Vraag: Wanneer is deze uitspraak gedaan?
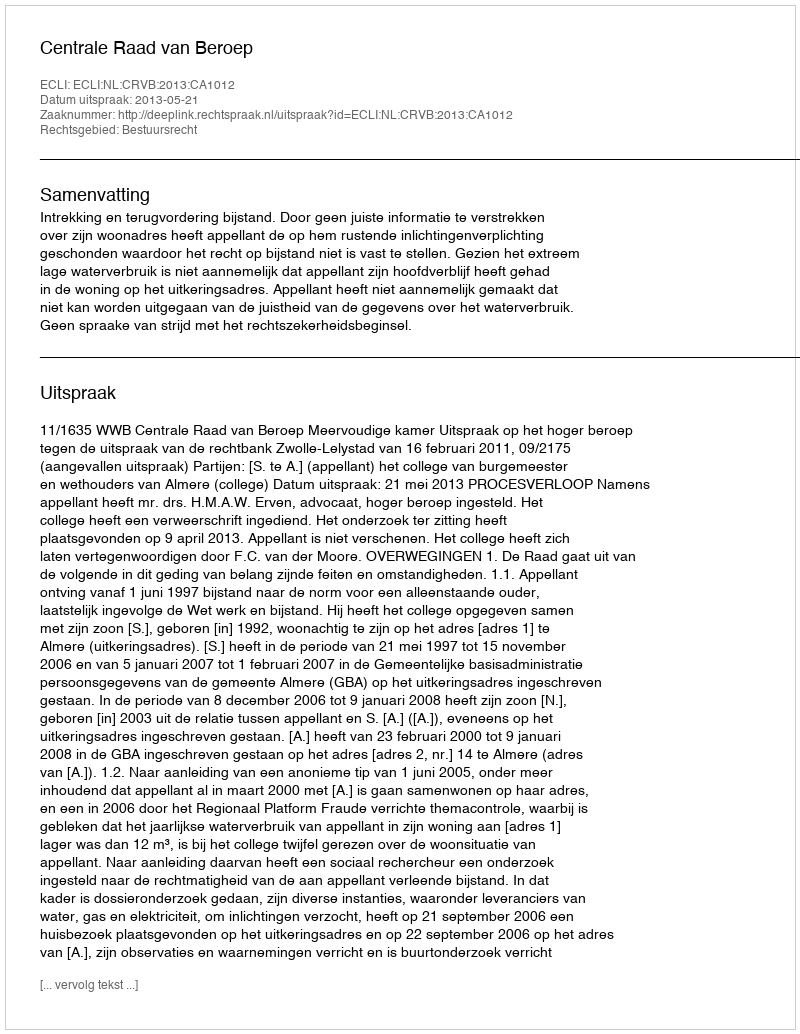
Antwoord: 2013-05-21